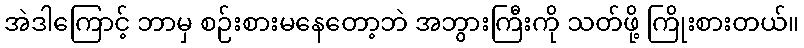
အဲဒါကြောင့် ဘာမှ စဉ်းစားမနေတော့ဘဲ အဘွားကြီးကို သတ်ဖို့ ကြိုးစားတယ်။